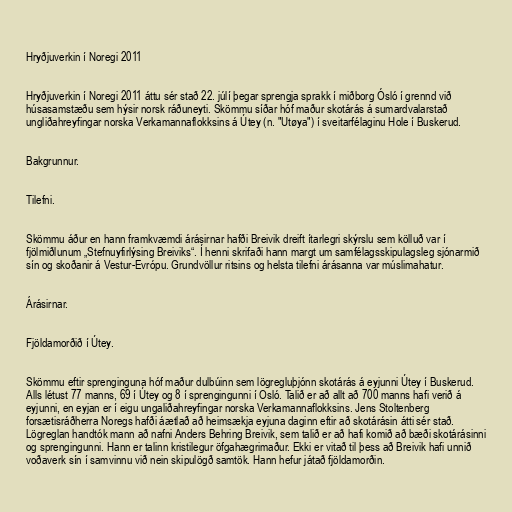
Hryðjuverkin í Noregi 2011

Hryðjuverkin í Noregi 2011 áttu sér stað 22. júlí þegar sprengja sprakk í miðborg Ósló í grennd við
húsasamstæðu sem hýsir norsk ráðuneyti. Skömmu síðar hóf maður skotárás á sumardvalarstað
ungliðahreyfingar norska Verkamannaflokksins á Útey (n. "Utøya") í sveitarfélaginu Hole í Buskerud.

Bakgrunnur.

Tilefni.

Skömmu áður en hann framkvæmdi árásirnar hafði Breivik dreift ítarlegri skýrslu sem kölluð var í
fjölmiðlunum „Stefnuyfirlýsing Breiviks“. Í henni skrifaði hann margt um samfélagsskipulagsleg sjónarmið
sín og skoðanir á Vestur-Evrópu. Grundvöllur ritsins og helsta tilefni árásanna var múslimahatur.

Árásirnar.

Fjöldamorðið í Útey.

Skömmu eftir sprenginguna hóf maður dulbúinn sem lögregluþjónn skotárás á eyjunni Útey í Buskerud.
Alls létust 77 manns, 69 í Útey og 8 í sprengingunni í Osló. Talið er að allt að 700 manns hafi verið á
eyjunni, en eyjan er í eigu ungaliðahreyfingar norska Verkamannaflokksins. Jens Stoltenberg
forsætisráðherra Noregs hafði áætlað að heimsækja eyjuna daginn eftir að skotárásin átti sér stað.
Lögreglan handtók mann að nafni Anders Behring Breivik, sem talið er að hafi komið að bæði skotárásinni
og sprengingunni. Hann er talinn kristilegur öfgahægrimaður. Ekki er vitað til þess að Breivik hafi unnið
voðaverk sín í samvinnu við nein skipulögð samtök. Hann hefur játað fjöldamorðin.